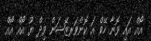
އޯއް އައި ވޮނާ ހޭވް އަ ކޮންވަރޒޭޝަން ވިދް ޔޫ އޯއް އޯއް